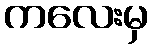
ကလေးမှ